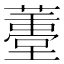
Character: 𱾭